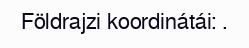
Földrajzi koordinátái: .